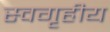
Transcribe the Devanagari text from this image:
स्वगृहीय